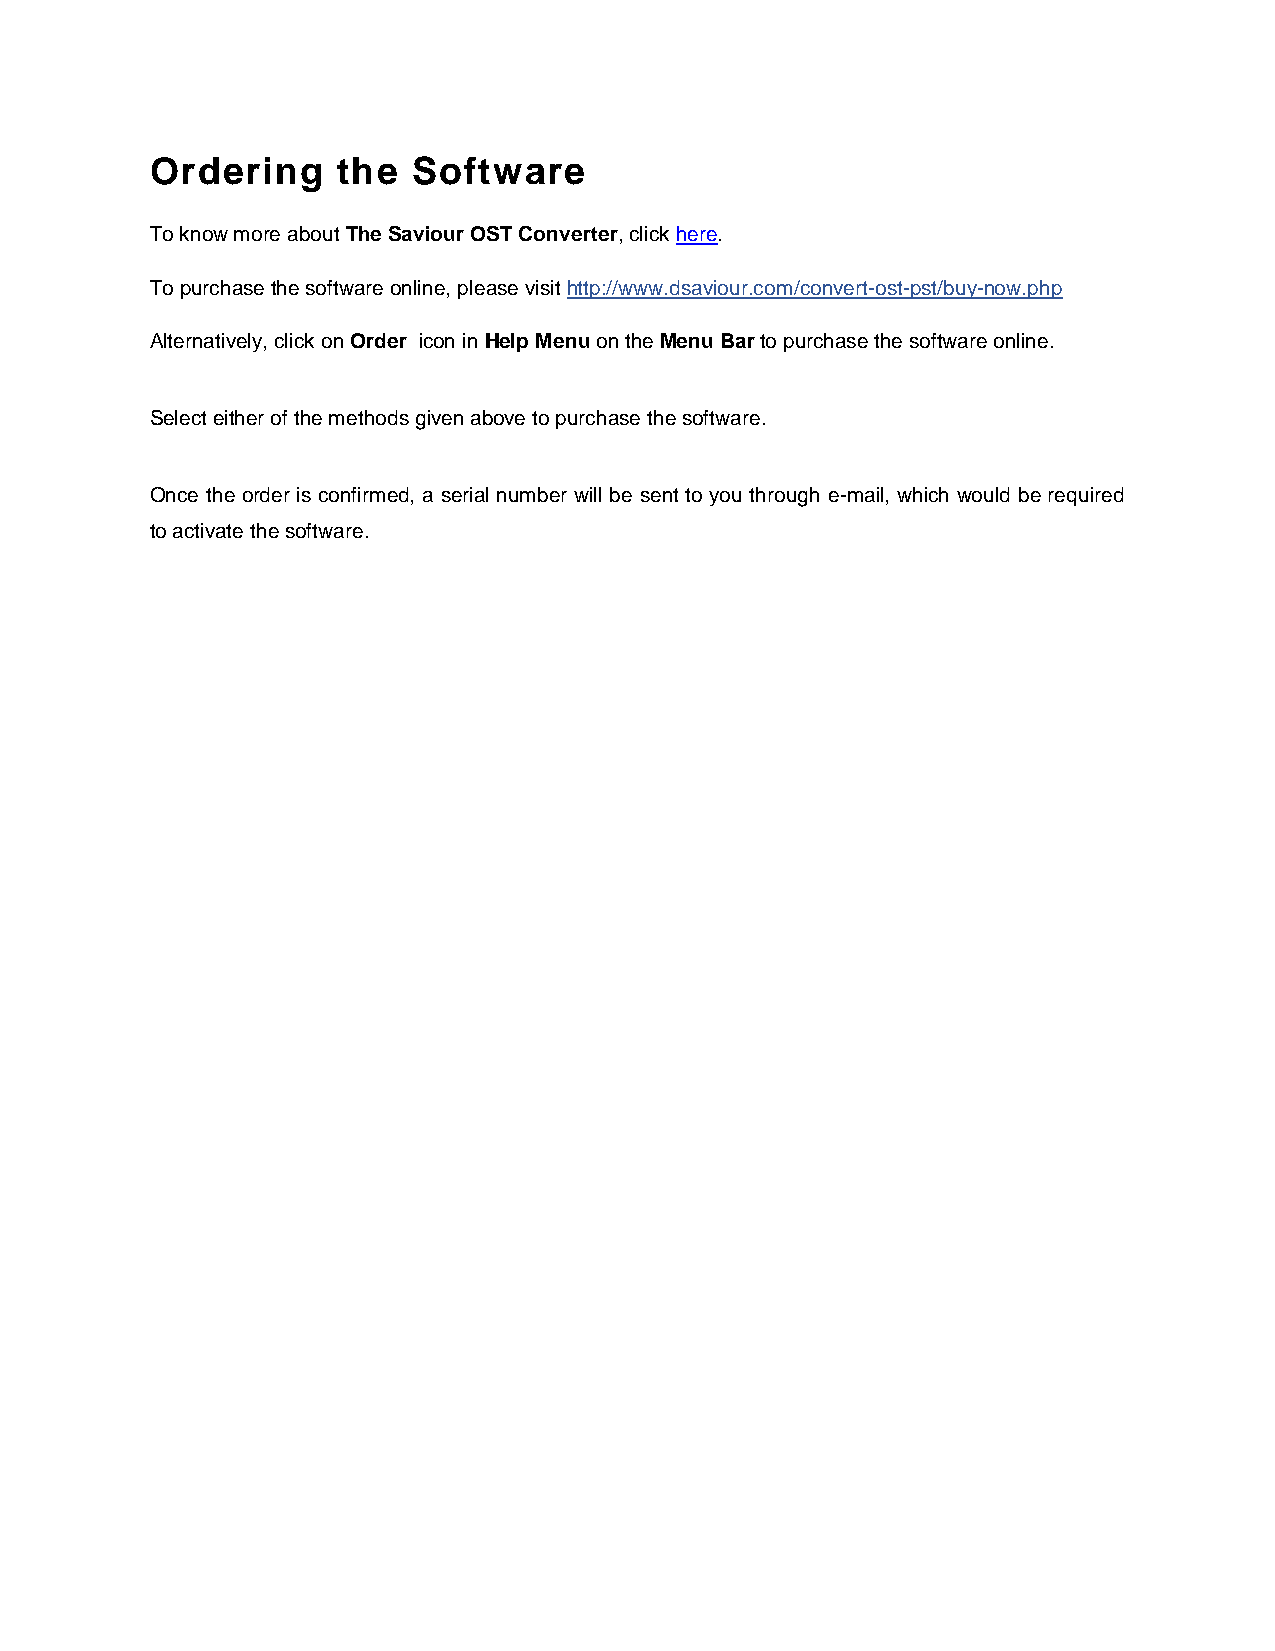
Ordering    the  Software
 To know more about The Saviour OST Converter, click here.
 To purchase the software online, please visit http://www.dsaviour.com/convert-ost-pst/buy-now.php
 Alternatively, click on Order icon in Help Menu on the Menu Bar to purchase the software online.
 Select either of the methods given above to purchase the software.
 Once the order is confirmed, a serial number will be sent to you through e-mail, which would be required
 to activate the software.